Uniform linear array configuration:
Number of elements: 4
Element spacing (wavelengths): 0.5
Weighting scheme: binomial
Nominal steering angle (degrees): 30
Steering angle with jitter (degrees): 28.565
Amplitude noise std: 0.05
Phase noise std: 0.05

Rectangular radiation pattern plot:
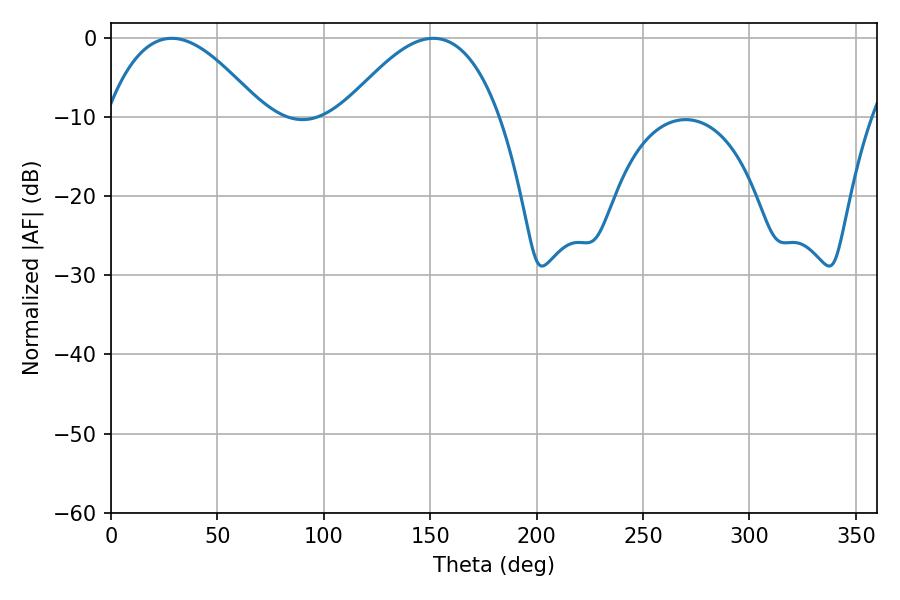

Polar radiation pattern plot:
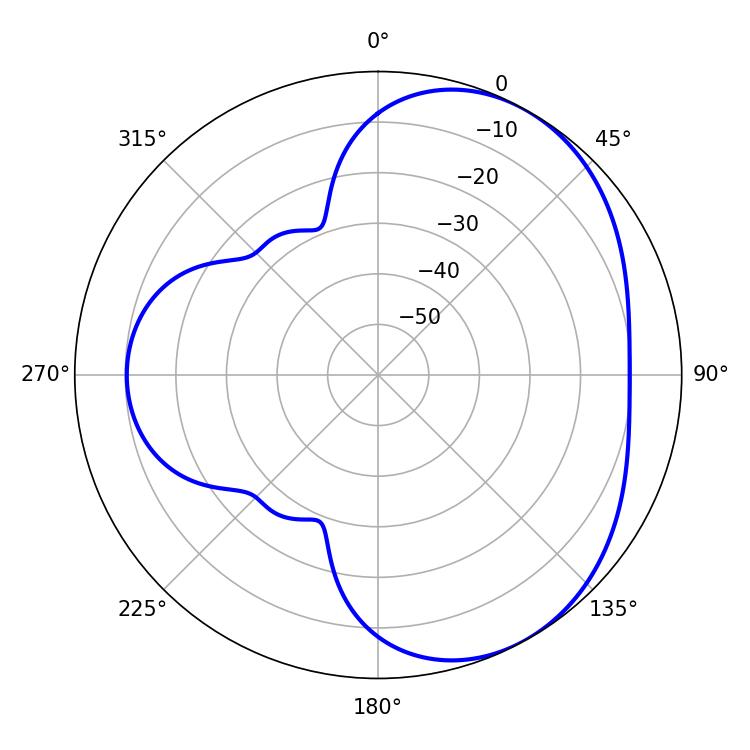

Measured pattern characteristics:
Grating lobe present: FALSE
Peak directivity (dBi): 4.202
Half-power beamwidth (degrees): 40.32
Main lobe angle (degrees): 28.62